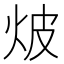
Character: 𭴗